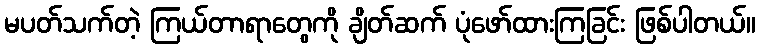
မပတ်သက်တဲ့ ကြယ်တာရာတွေကို ချိတ်ဆက် ပုံဖော်ထားကြခြင်း ဖြစ်ပါတယ်။